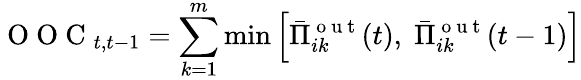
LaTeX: \mathrm{~O~O~C~}_{t,t-1}=\sum_{k=1}^{m}\operatorname*{min}\left[\bar{\Pi}_{ik}^{\mathrm{~o~u~t~}}(t),\; \bar{\Pi}_{ik}^{\mathrm{~o~u~t~}}(t-1)\right]